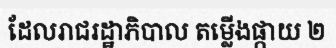
ដែលរាជរដ្ឋាភិបាល តម្លើងផ្កាយ ២